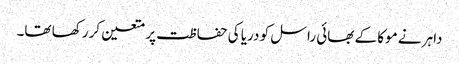
داہر نے موکا کے بھائی راسل کو دریا کی حفاظت پر متعین کر رکھا تھا۔